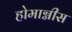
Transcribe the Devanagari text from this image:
होमाग्नीस